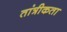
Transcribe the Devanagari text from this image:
तांत्रीकता